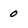
Character: o